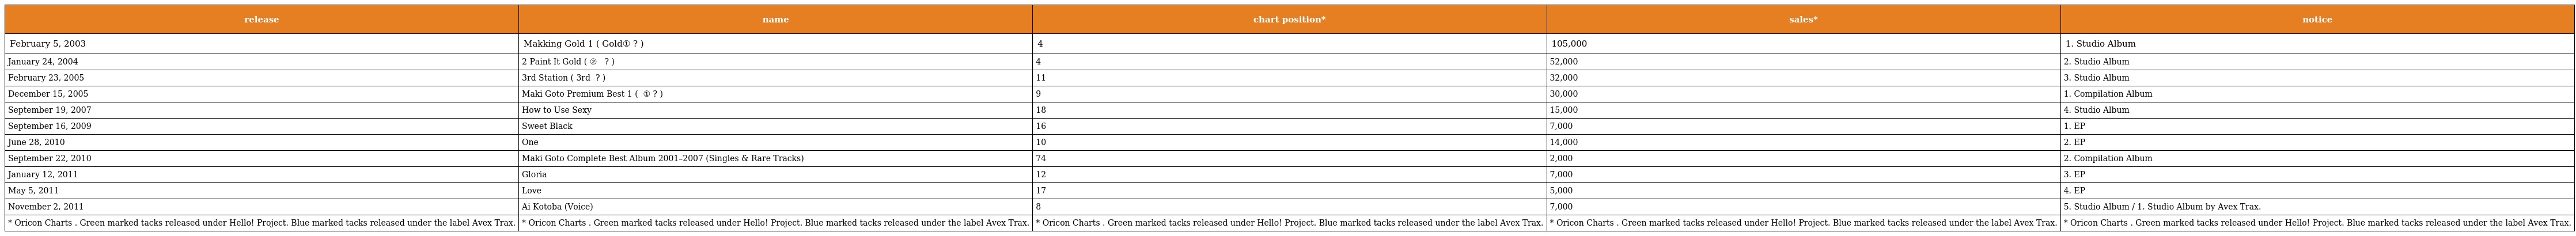
| release | name | chart position* | sales* | notice |
 | --- | --- | --- | --- | --- |
 | February 5, 2003 | Makking Gold 1 ( マッキングGold① ? ) | 4 | 105,000 | 1. Studio Album |
 | January 24, 2004 | 2 Paint It Gold ( ②ペイント イット ゴールド ? ) | 4 | 52,000 | 2. Studio Album |
 | February 23, 2005 | 3rd Station ( 3rd ステーション ? ) | 11 | 32,000 | 3. Studio Album |
 | December 15, 2005 | Maki Goto Premium Best 1 ( 後藤真希 プレミアムベスト① ? ) | 9 | 30,000 | 1. Compilation Album |
 | September 19, 2007 | How to Use Sexy | 18 | 15,000 | 4. Studio Album |
 | September 16, 2009 | Sweet Black | 16 | 7,000 | 1. EP |
 | June 28, 2010 | One | 10 | 14,000 | 2. EP |
 | September 22, 2010 | Maki Goto Complete Best Album 2001–2007 (Singles & Rare Tracks) | 74 | 2,000 | 2. Compilation Album |
 | January 12, 2011 | Gloria | 12 | 7,000 | 3. EP |
 | May 5, 2011 | Love | 17 | 5,000 | 4. EP |
 | November 2, 2011 | Ai Kotoba (Voice) | 8 | 7,000 | 5. Studio Album / 1. Studio Album by Avex Trax. |
 | * Oricon Charts . Green marked tacks released under Hello! Project. Blue marked tacks released under the label Avex Trax. | * Oricon Charts . Green marked tacks released under Hello! Project. Blue marked tacks released under the label Avex Trax. | * Oricon Charts . Green marked tacks released under Hello! Project. Blue marked tacks released under the label Avex Trax. | * Oricon Charts . Green marked tacks released under Hello! Project. Blue marked tacks released under the label Avex Trax. | * Oricon Charts . Green marked tacks released under Hello! Project. Blue marked tacks released under the label Avex Trax. |